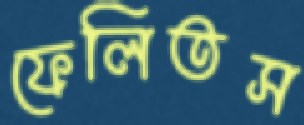
ফেলিতস